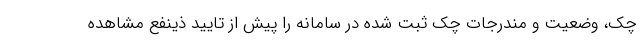
چک، وضعیت و مندرجات چک ثبت شده در سامانه را پیش از تایید ذینفع مشاهده